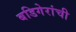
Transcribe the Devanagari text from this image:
बडिगेरांची